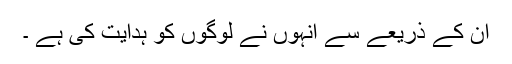
ان کے ذریعے سے انہوں نے لوگوں کو ہدایت کی ہے ۔